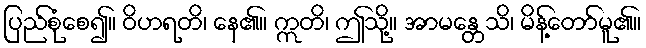
ပြည်စုံစေ၍။ ဝိဟရတိ၊ နေ၏။ ဣတိ၊ ဤသို့။ အာမန္တေသိ၊ မိန့်တော်မူ၏။